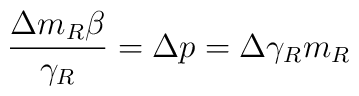
\frac {\Delta m_R \beta} {\gamma_R} = \Delta p = \Delta \gamma_R m_R